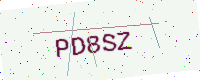
Text: PD8SZ